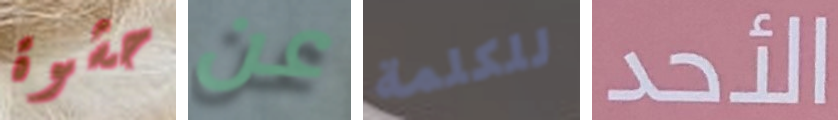
حشوة عن للكلمة الأحد